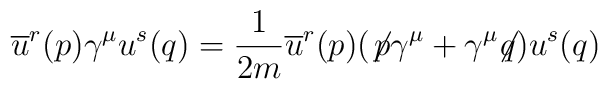
\overline{u}^r(p)\gamma^\mu u^s(q)=\frac{1}{2m}\overline{u}^r(p)(\not{\!p }\gamma^\mu+\gamma^\mu\!\! \not{\! q})u^s(q)